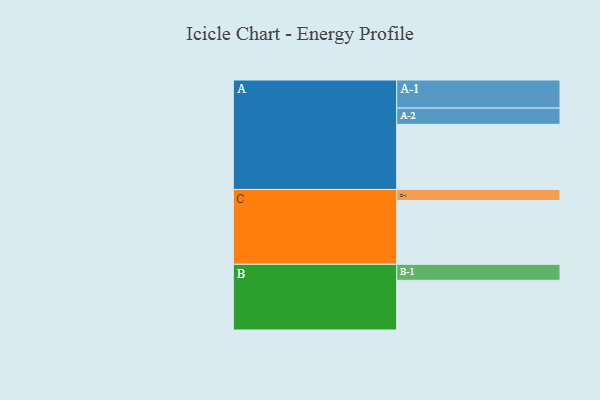
{"axis": {"x": "Segment", "y": "Value"}, "legend": ["", "A", "B", "C"], "data": [{"x": "A", "y": 598, "type": ""}, {"x": "B", "y": 456, "type": ""}, {"x": "C", "y": 585, "type": ""}, {"x": "A-1", "y": 258, "type": "A"}, {"x": "A-2", "y": 149, "type": "A"}, {"x": "B-1", "y": 147, "type": "B"}, {"x": "C-1", "y": 102, "type": "C"}]}